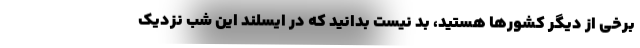
برخی از دیگر کشورها هستید، بد نیست بدانید که در ایسلند این شب نزدیک